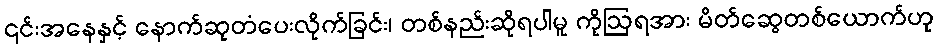
၎င်းအနေနှင့် နောက်ဆုတံပေးလိုက်ခြင်း၊ တစ်နည်းဆိုရပါမူ ကိုဩရအား မိတ်ဆွေတစ်ယောက်ဟု